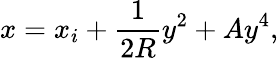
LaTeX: x=x_{i}+\frac{1}{2R}y^{2}+Ay^{4},